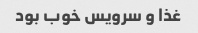
غذا و سرویس خوب بود